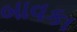
બાવકા